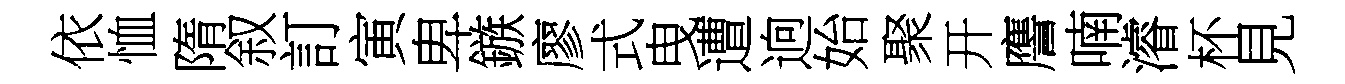
依恤隋叙訂寅卑鏃廖式曳遭逈始聚开譍喃濬杯見